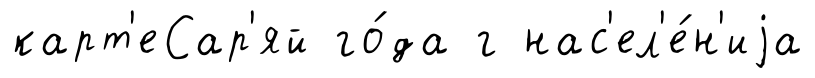
карт'еСар'яй го́да г нас'ел'е́н'иjа